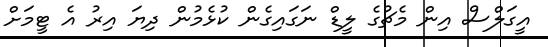
އީގަލްސް އިން މެޗުގެ ލީޑް ނަގައިގެން ކުޅެމުން ދިޔަ އިރު އެ ޓީމަށް